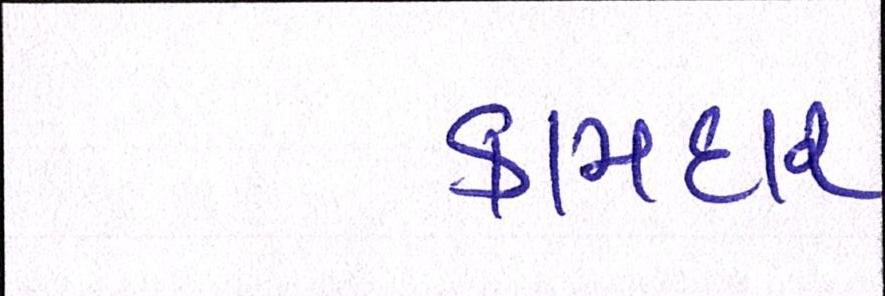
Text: કામદાર